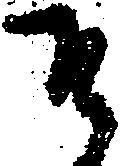
そ